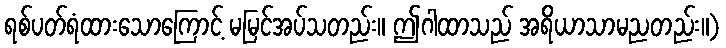
ရစ်ပတ်ရံထားသောကြောင့် မမြင်အပ်သတည်း။ ဤဂါထာသည် အရိယာသာမညတည်း။)